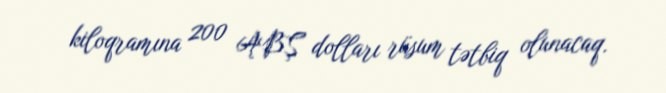
kiloqramına 200 ABŞ dolları rüsum tətbiq olunacaq.